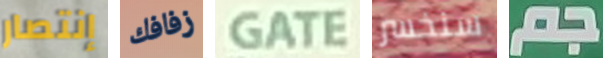
إنتصار زفافك GATE سنخسر جم